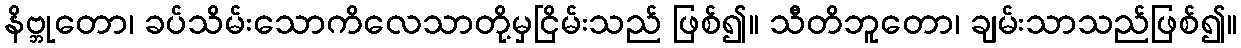
နိဗ္ဘုတော၊ ခပ်သိမ်းသောကိလေသာတို့မှငြိမ်းသည် ဖြစ်၍။ သီတိဘူတော၊ ချမ်းသာသည်ဖြစ်၍။